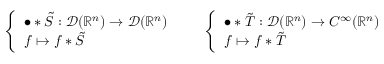
{ \left\{ \begin{array} { l l } { \bullet \ast { \tilde { S } } : { \mathcal { D } } ( \mathbb { R } ^ { n } ) \to { \mathcal { D } } ( \mathbb { R } ^ { n } ) } \\ { f \mapsto f \ast { \tilde { S } } } \end{array} \right. } \qquad { \left\{ \begin{array} { l l } { \bullet \ast { \tilde { T } } : { \mathcal { D } } ( \mathbb { R } ^ { n } ) \to C ^ { \infty } ( \mathbb { R } ^ { n } ) } \\ { f \mapsto f \ast { \tilde { T } } } \end{array} \right. }